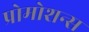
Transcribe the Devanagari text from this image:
प्रोमोशन्स